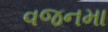
વજનમા